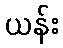
ယန်း